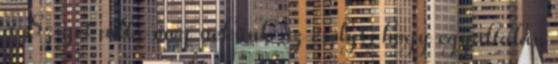
a Sziget adta meg nekünk az esélyt, hogy egyáltalán